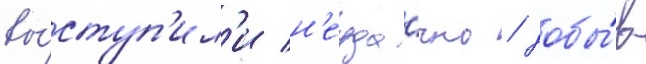
вы́ступ'ил'и н'еуда́чно / добы́в